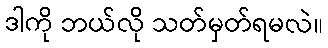
ဒါကို ဘယ်လို သတ်မှတ်ရမလဲ။